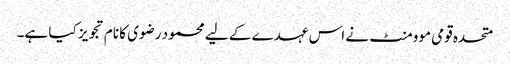
متحدہ قومی موومنٹ نے اس عہدے کے لیے محمود رضوی کا نام تجویز کیا ہے۔